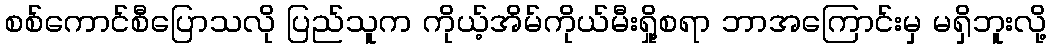
စစ်ကောင်စီပြောသလို ပြည်သူက ကိုယ့်အိမ်ကိုယ်မီးရှို့စရာ ဘာအကြောင်းမှ မရှိဘူးလို့